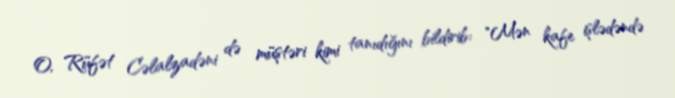
O, Rüfət Cəlalzadəni də müştəri kimi tanıdığını bildirib: "Mən kafe işlədəndə